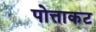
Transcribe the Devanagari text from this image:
पोत्ताकट